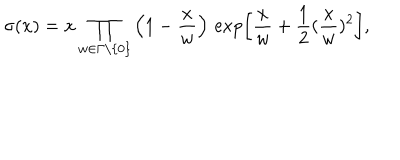
\sigma ( x ) = x \prod _ { w \in \Gamma \setminus \{ 0 \} } \left( 1 - \frac { x } { w } \right) \, \exp \left[ \frac { x } { w } + \frac { 1 } { 2 } ( \frac { x } { w } ) ^ { 2 } \right] ,